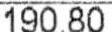
190.80